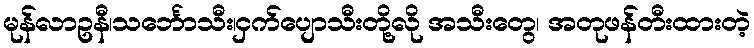
မုန်လာဥနီ၊သင်္ဘောသီး၊ငှက်ပျောသီးတို့လို အသီးတွေ၊ အတုဖန်တီးထားတဲ့